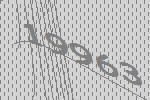
19963